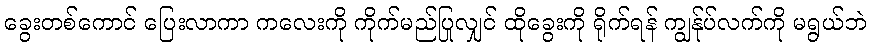
ခွေးတစ်ကောင် ပြေးလာကာ ကလေးကို ကိုက်မည်ပြုလျှင် ထိုခွေးကို ရိုက်ရန် ကျွန်ုပ်လက်ကို မရွယ်ဘဲ